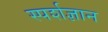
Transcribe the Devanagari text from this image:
स्‍पर्शज्ञान